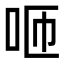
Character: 咂